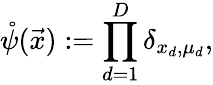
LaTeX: \mathring\psi(\vec{x}):=\prod_{d=1}^{D}\delta_{x_{d},\mu_{d}},